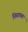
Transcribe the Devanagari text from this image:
निघायचा